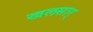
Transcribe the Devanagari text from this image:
खलसार्